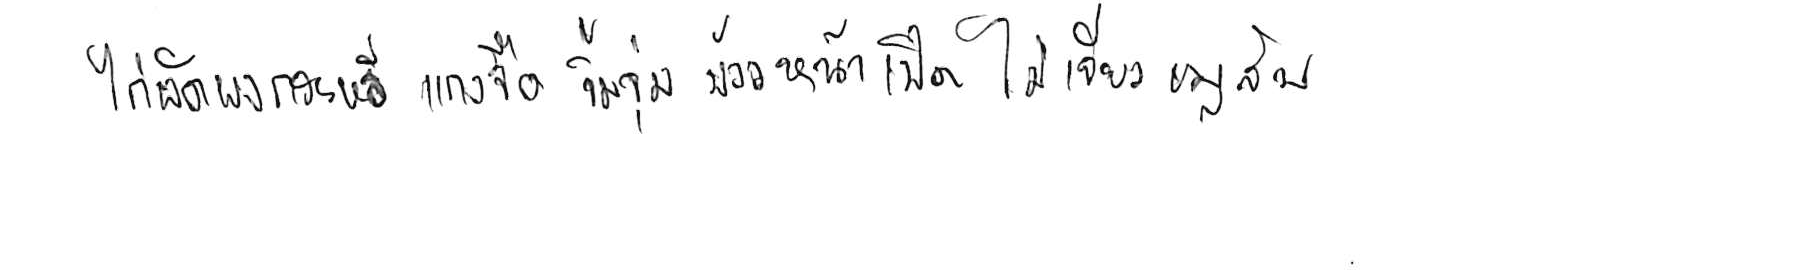
ไก่ผัดผงกะหรี่ แกงจืด จิ้มจุ่ม ข้าวหน้าเป็ด ไข่เจียวหมูสับ